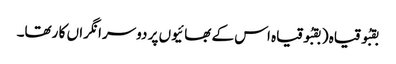
بقبُو قیاہ ( بقبُوقیاہ اس کے بھا ئیوں پر دوسرا نگراں کا رتھا۔